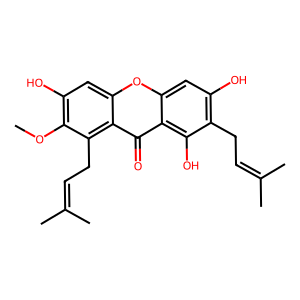
SMILES: COc1c(O)cc2oc3cc(O)c(CC=C(C)C)c(O)c3c(=O)c2c1CC=C(C)C
Inhibits HIV replication: No